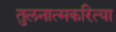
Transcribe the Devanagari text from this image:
तुलनात्मकरित्या